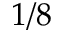
1 / 8